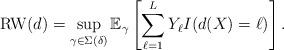
LaTeX: \begin{align*}\mathrm{RW}(d) = \sup_{\gamma \in \Sigma(\delta)} \mathbb{E}_{\gamma} \left[ \sum_{\ell=1}^L Y_\ell I(d(X) = \ell) \right] .\end{align*}